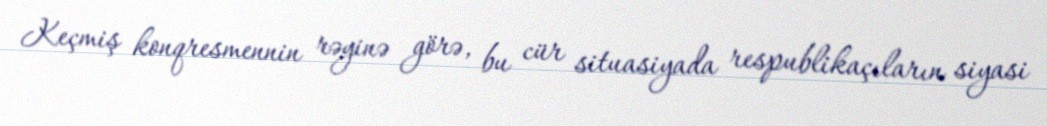
Keçmiş konqresmennin rəyinə görə, bu cür situasiyada respublikaçıların siyasi